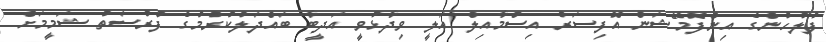
ފުލުހުންގެ އިންފޮމޭޝަން އޮފިސަރު އިސްމާއިލް އަލީ ވިދާޅުވީ އަދީބާ ބައްދަލުކުރުމުގެ ފުރުސަތު ޝަމީމަށް